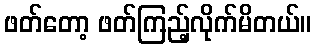
ဖတ်တော့ ဖတ်ကြည့်လိုက်မိတယ်။